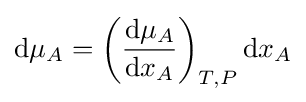
\mathrm {d} \mu _{A}=\left({\frac {\mathrm {d} \mu _{A}}{\mathrm {d} x_{A}}}\right)_{T,P}\mathrm {d} x_{A}